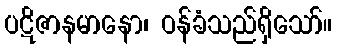
ပဋိဇာနမာနော၊ ဝန်ခံသည်ရှိသော်။